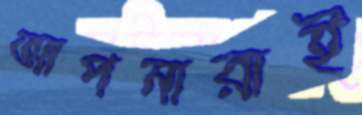
আপনারাই